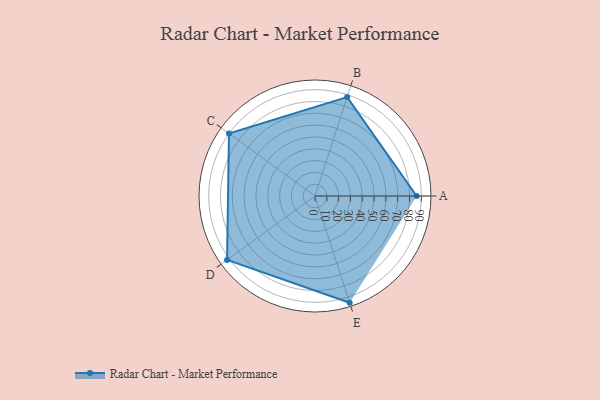
{"axis": {"x": "Skill", "y": "Score"}, "legend": ["Profile"], "data": [{"x": "A", "y": 86.0, "type": "Profile"}, {"x": "B", "y": 88.0, "type": "Profile"}, {"x": "C", "y": 90.0, "type": "Profile"}, {"x": "D", "y": 92.0, "type": "Profile"}, {"x": "E", "y": 95.0, "type": "Profile"}]}